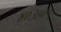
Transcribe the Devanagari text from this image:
४०३७०५